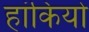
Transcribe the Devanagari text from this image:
हांकियो